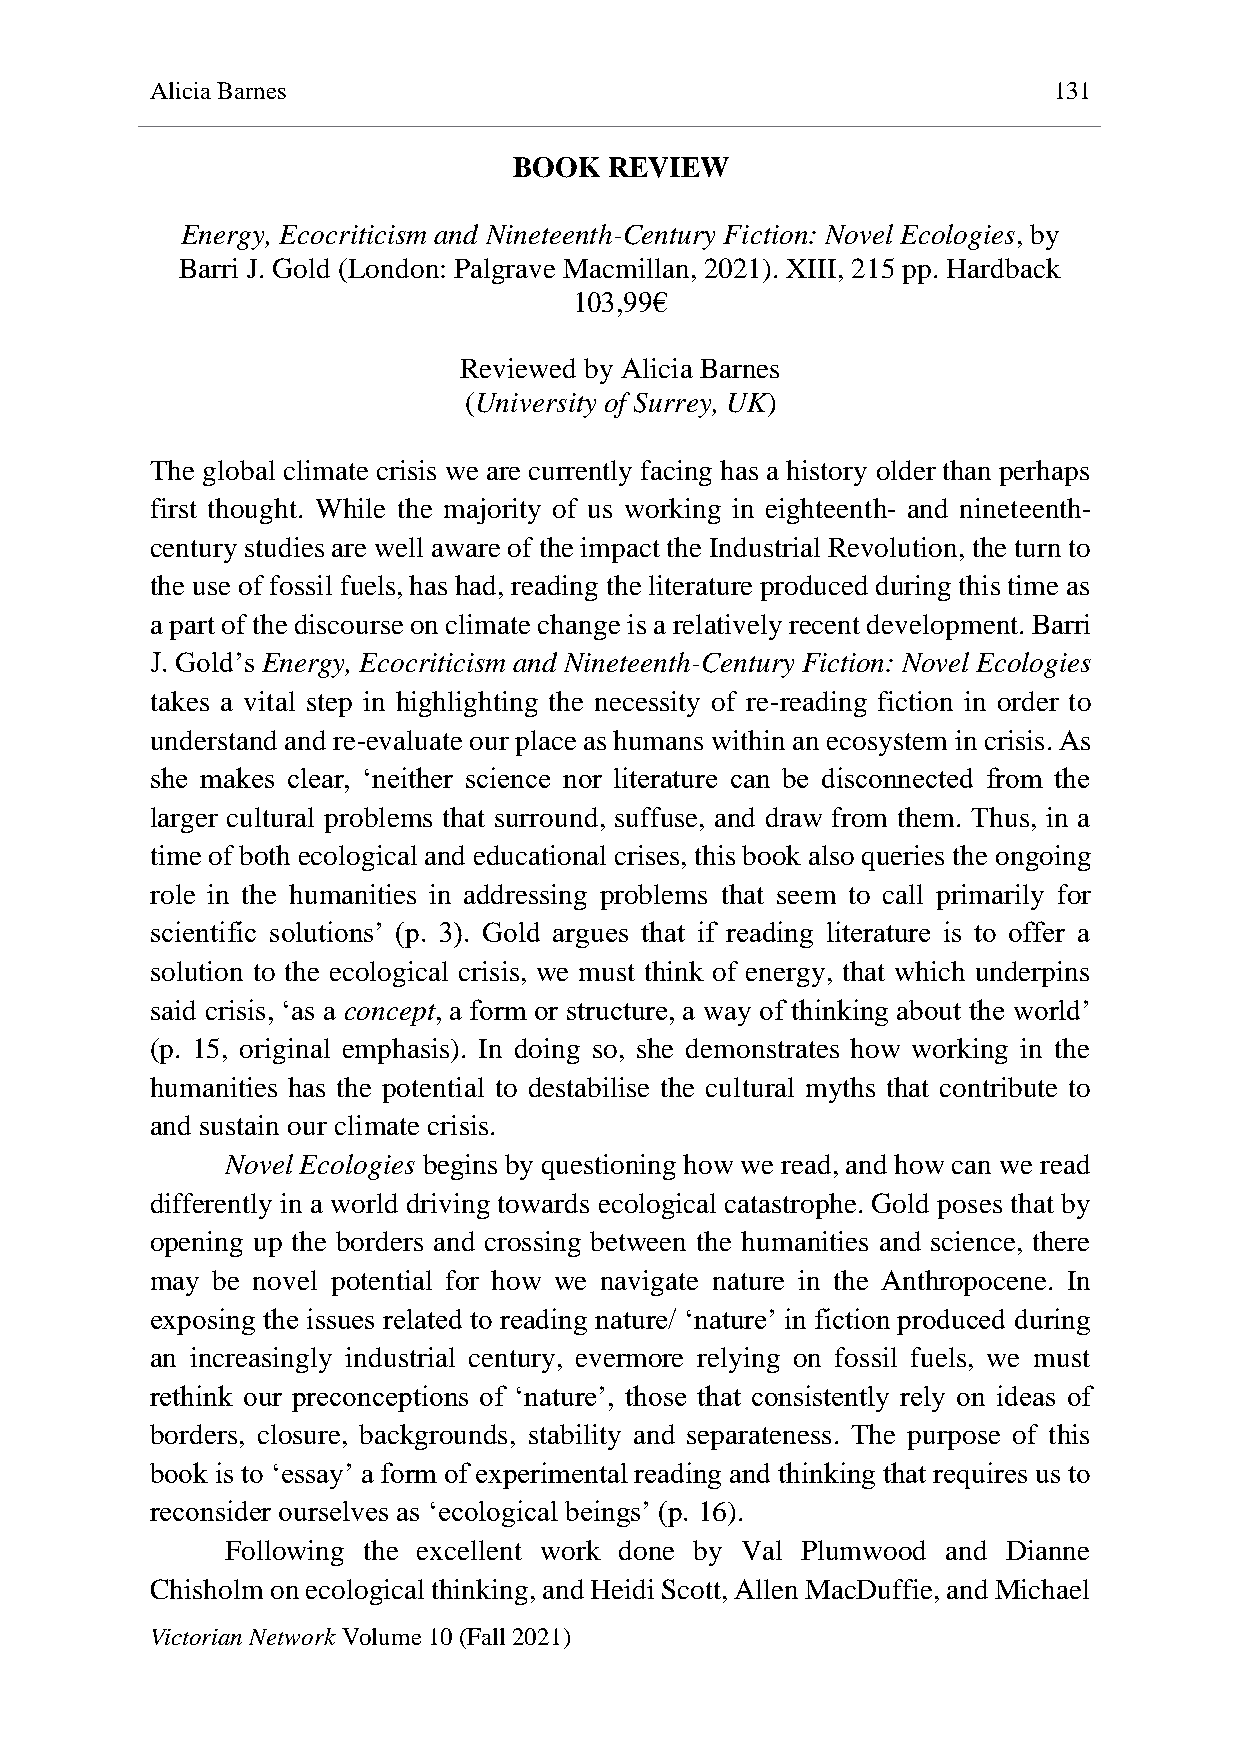
Alicia Barnes                                               131
 BOOK  REVIEW
 Energy, Ecocriticism and Nineteenth-Century Fiction: Novel Ecologies, by
 Barri J. Gold (London: Palgrave Macmillan, 2021). XIII, 215 pp. Hardback
 103,99€
 Reviewed by Alicia Barnes
 (University of Surrey, UK)
 The global climate crisis we are currently facing has a history older than perhaps
 first thought. While the majority of us working in eighteenth- and nineteenth-
 century studies are well aware of the impact the Industrial Revolution, the turn to
 the use of fossil fuels, has had, reading the literature produced during this time as
 a part of the discourse on climate change is a relatively recent development. Barri
 J. Gold’s Energy, Ecocriticism and Nineteenth-Century Fiction: Novel Ecologies
 takes a vital step in highlighting the necessity of re-reading fiction in order to
 understand and re-evaluate our place as humans within an ecosystem in crisis. As
 she makes clear, ‘neither science nor literature can be disconnected from the
 larger cultural problems that surround, suffuse, and draw from them. Thus, in a
 time of both ecological and educational crises, this book also queries the ongoing
 role in the humanities in addressing problems that seem to call primarily for
 scientific solutions’ (p. 3). Gold argues that if reading literature is to offer a
 solution to the ecological crisis, we must think of energy, that which underpins
 said crisis, ‘as a concept, a form or structure, a way of thinking about the world’
 (p. 15, original emphasis). In doing so, she demonstrates how working in the
 humanities has the potential to destabilise the cultural myths that contribute to
 and sustain our climate crisis.
 Novel Ecologies begins by questioning how we read, and how can we read
 differently in a world driving towards ecological catastrophe. Gold poses that by
 opening up the borders and crossing between the humanities and science, there
 may be novel potential for how we navigate nature in the Anthropocene. In
 exposing the issues related to reading nature/ ‘nature’ in fiction produced during
 an increasingly industrial century, evermore relying on fossil fuels, we must
 rethink our preconceptions of ‘nature’, those that consistently rely on ideas of
 borders, closure, backgrounds, stability and separateness. The purpose of this
 book is to ‘essay’ a form of experimental reading and thinking that requires us to
 reconsider ourselves as ‘ecological beings’ (p. 16).
 Following the excellent work done by Val Plumwood and Dianne
 Chisholm on ecological thinking, and Heidi Scott, Allen MacDuffie, and Michael
 Victorian Network Volume 10 (Fall 2021)